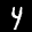
Label: 4